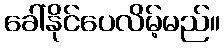
ခေါ်နိုင်ပေလိမ့်မည်။